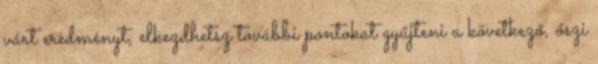
várt eredményt, elkezdhetsz további pontokat gyűjteni a következő, őszi